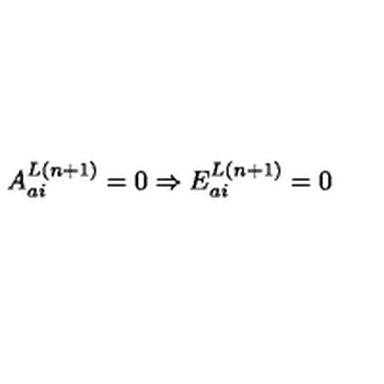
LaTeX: A _ { a i } ^ { L ( n + 1 ) } = 0 \Rightarrow E _ { a i } ^ { L ( n + 1 ) } = 0